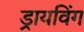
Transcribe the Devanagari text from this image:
ड्रायविंग